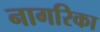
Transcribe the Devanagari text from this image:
नागरिका